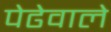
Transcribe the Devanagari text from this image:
पेढेवाले